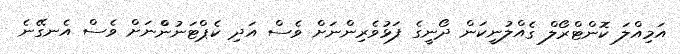
އަމިއްލަ ކޮންޓްރޯލް ގެއްލުނީކަން ދޯނީގެ ފަޅުވެރިންނަށް ވެސް އަދި ކެޕްޓަނުންްނަށް ވެސް އެނގޭނެ